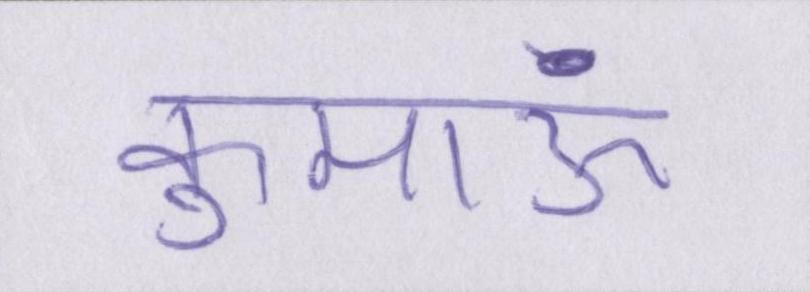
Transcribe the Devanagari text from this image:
कुमाऊं